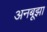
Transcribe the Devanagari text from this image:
अनबूझा